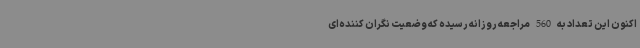
اکنون این تعداد به 560 مراجعه روزانه رسیده که وضعیت نگران کننده‌ای